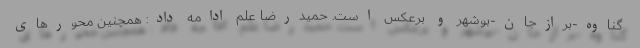
گناوه-برازجان-بوشهر و برعکس است. حمیدرضا علم ادامه داد: همچنین محورهای